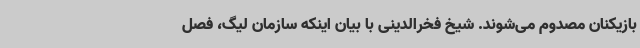
بازیکنان مصدوم می‌شوند. شیخ فخرالدینی با بیان اینکه سازمان لیگ، فصل